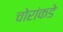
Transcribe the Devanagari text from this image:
चोरांकडे